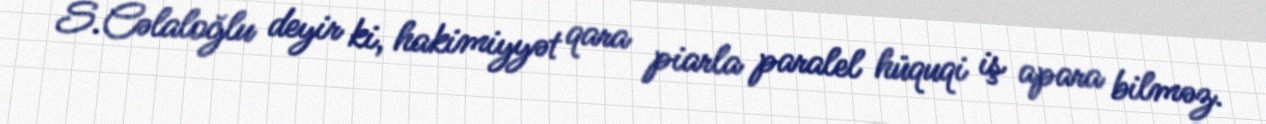
S.Cəlaloğlu deyir ki, hakimiyyət qara piarla paralel hüquqi iş apara bilməz.